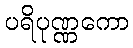
ပရိပုဏ္ဏကော